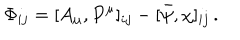
LaTeX: \Phi _ { i j } = [ A _ { \mu } , P ^ { \mu } ] _ { i j } - [ \bar { \psi } , \chi ] _ { i j } \, .